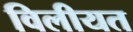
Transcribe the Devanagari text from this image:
विलीयत